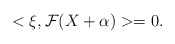
\begin{align*}<\mathcal{\xi},\mathcal{F}(X+\alpha)>=0. \end{align*}